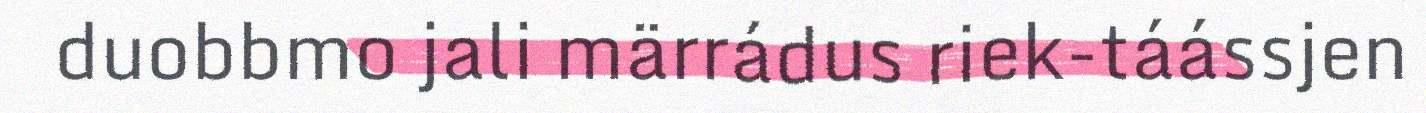
duobbmo jali märrádus riek-táássjen